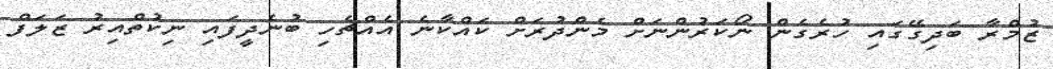
ޒުމްރާ ބަދިގޭގައި ހުރެގެން ނޯކަރުންނަށް މެންދުރަށް ކައްކާނެ އެއްޗެހި ބުނެދީފައި ނިކުތްއިރު ޒަލަފް